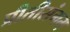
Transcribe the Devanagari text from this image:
प्रीतीसंगम